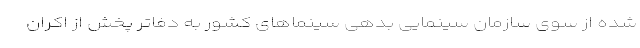
شده از سوی سازمان سینمایی بدهی سینماهای کشور به دفاتر پخش از اکران